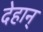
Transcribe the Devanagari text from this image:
देहान्